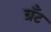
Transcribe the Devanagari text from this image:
ग्रॅंट